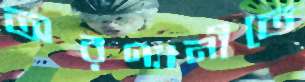
অরণ্যানীতে